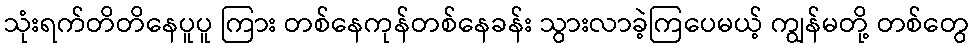
သုံးရက်တိတိနေပူပူ ကြား တစ်နေကုန်တစ်နေခန်း သွားလာခဲ့ကြပေမယ့် ကျွန်မတို့ တစ်တွေ